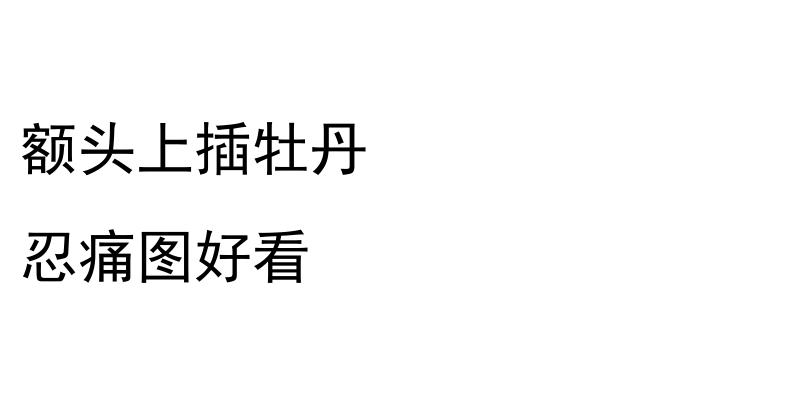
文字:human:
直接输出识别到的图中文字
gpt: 额头上插牡丹 忍痛图好看